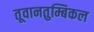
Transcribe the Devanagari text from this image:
तूवानतुम्बिकल